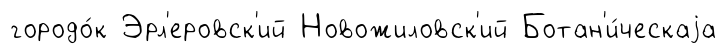
городо́к Эрл'еровск'ий Новожиловск'ий Ботан'и́ческаjа